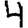
Digit: 4